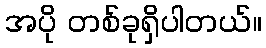
အပို တစ်ခုရှိပါတယ်။